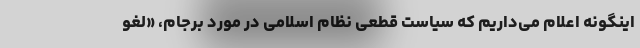
اینگونه اعلام می‌داریم که سیاست قطعی نظام اسلامی در مورد برجام، «لغو